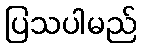
ပြသပါမည်